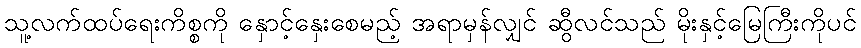
သူ့လက်ထပ်ရေးကိစ္စကို နှောင့်နှေးစေမည့် အရာမှန်လျှင် ဆွီလင်သည် မိုးနှင့်မြေကြီးကိုပင်